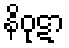
နိဝုဋာ